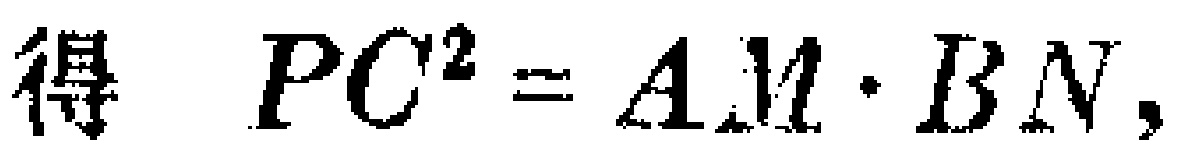
得 \(PC^{2}=AM\cdot BN\)，